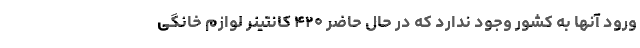
ورود آنها به کشور وجود ندارد که در حال حاضر ۴۲۰ کانتینر لوازم خانگی